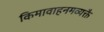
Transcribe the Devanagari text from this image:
किमावाहनमव्यक्तै